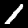
Label: 1